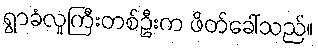
ရွာခံလူကြီးတစ်ဦးက ဖိတ်ခေါ်သည်။